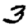
Digit: 3